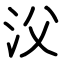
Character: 㳇